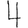
Digit: 4